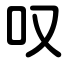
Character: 叹